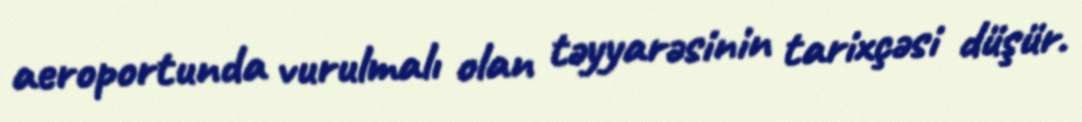
aeroportunda vurulmalı olan təyyarəsinin tarixçəsi düşür.